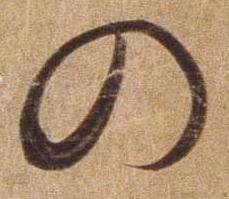
の